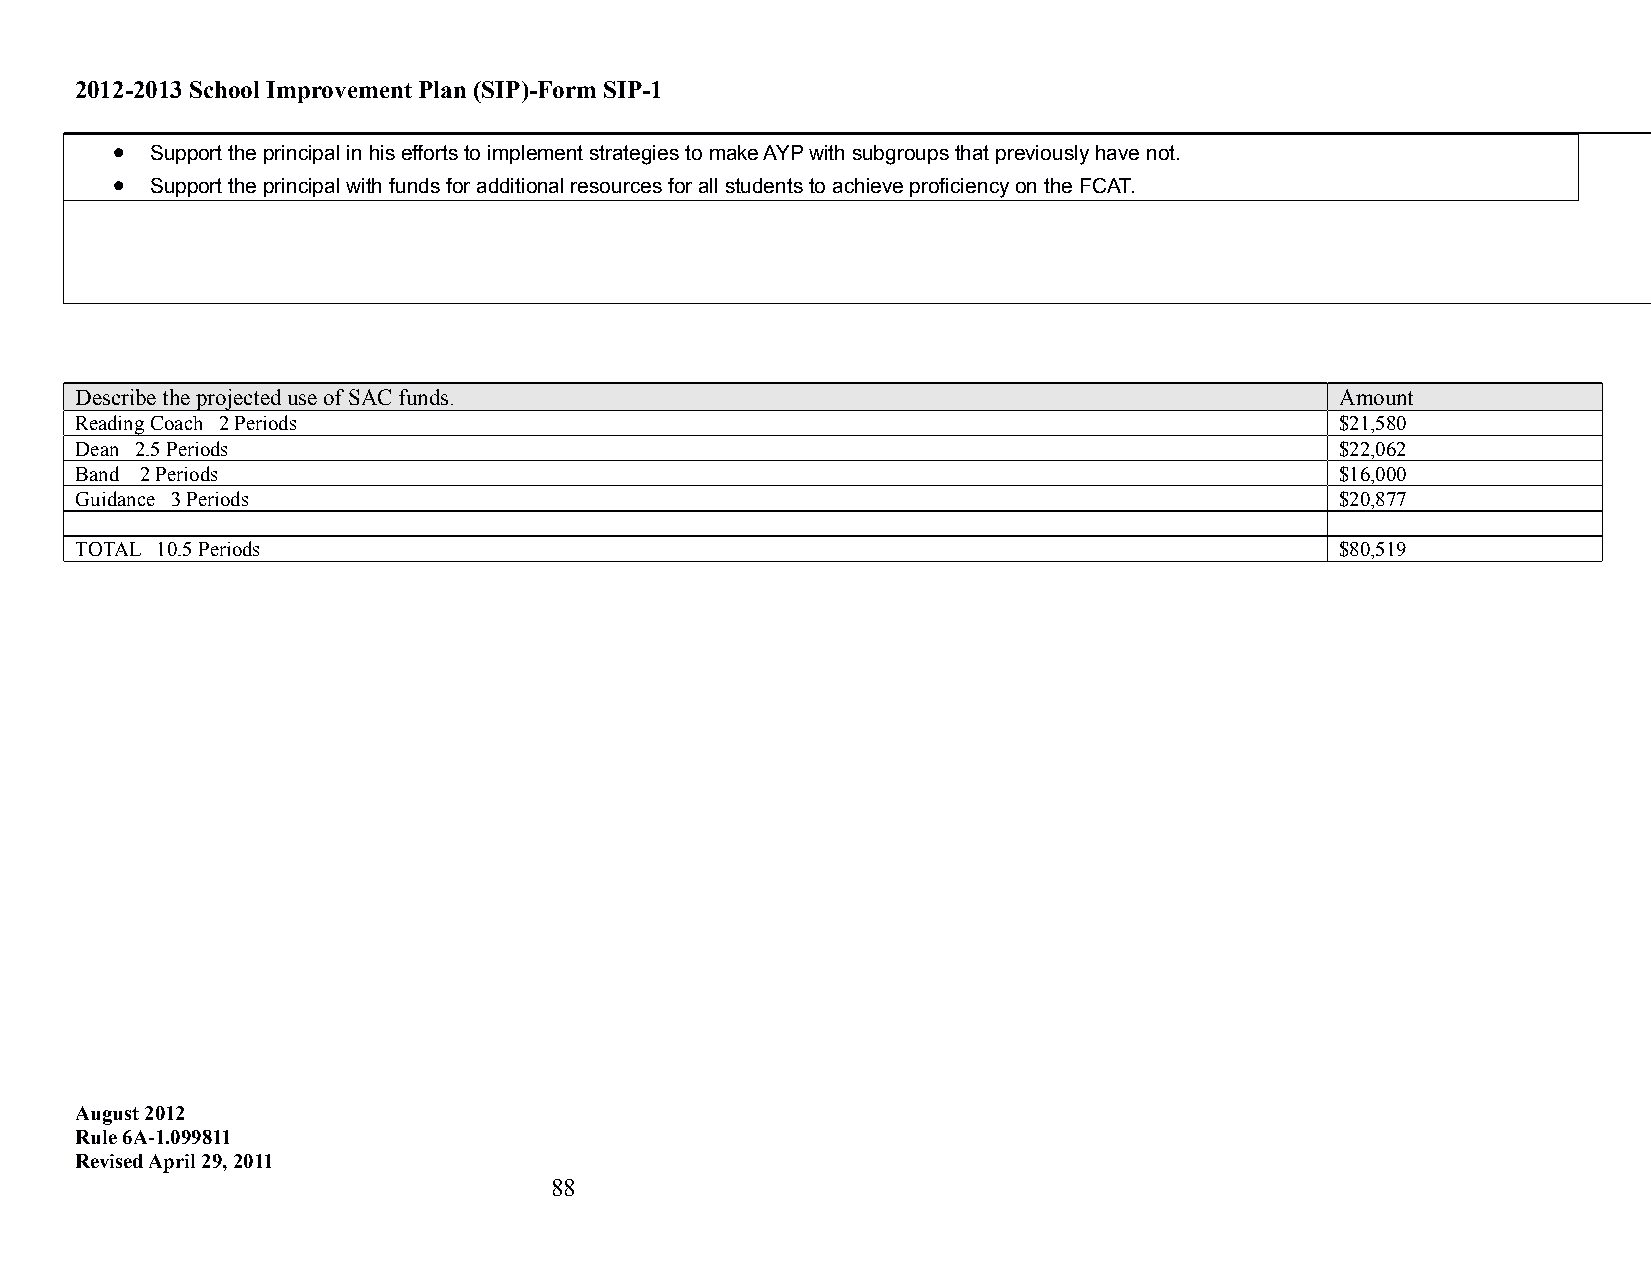
2012-2013 School Improvement Plan (SIP)-Form SIP-1
 •
 Support the principal in his efforts to implement strategies to make AYP with subgroups that previously have not.
 •
 Support the principal with funds for additional resources for all students to achieve proficiency on the FCAT.
 Describe the projected use of SAC funds.                                            Amount
 Reading Coach 2 Periods                                                             $21,580
 Dean 2.5 Periods                                                                    $22,062
 Band 2 Periods                                                                      $16,000
 Guidance 3 Periods                                                                  $20,877
 TOTAL 10.5 Periods                                                                  $80,519
 August 2012
 Rule 6A-1.099811
 Revised April 29, 2011
 88